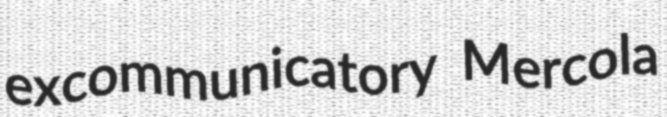
excommunicatory Mercola